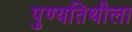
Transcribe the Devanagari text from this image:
पुण्यतिथीला